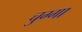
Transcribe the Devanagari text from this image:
चुग्गा